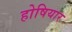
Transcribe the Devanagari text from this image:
होषियार